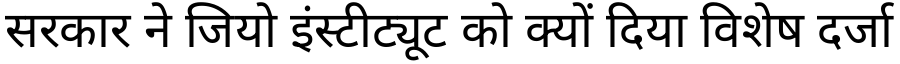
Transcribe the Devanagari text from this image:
सरकार ने जियो इंस्टीट्यूट को क्यों दिया विशेष दर्जा